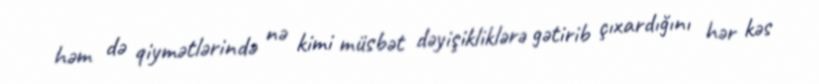
həm də qiymətlərində nə kimi müsbət dəyişikliklərə gətirib çıxardığını hər kəs